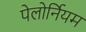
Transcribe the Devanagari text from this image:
पेलोर्नियम